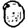
Digit: 0